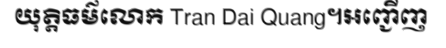
យុត្តិធម៌លោក Tran Dai Quang។អញ្ជើញ